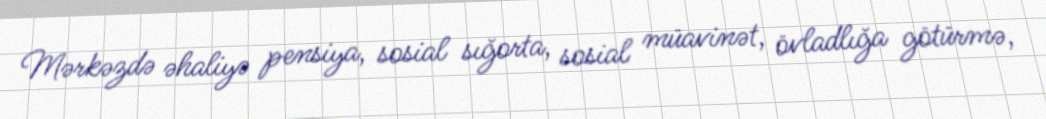
Mərkəzdə əhaliyə pensiya, sosial sığorta, sosial müavinət, övladlığa götürmə,